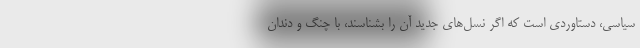
سیاسی، دستاوردی است که اگر نسل‌های جدید آن را بشناسند، با چنگ و دندان